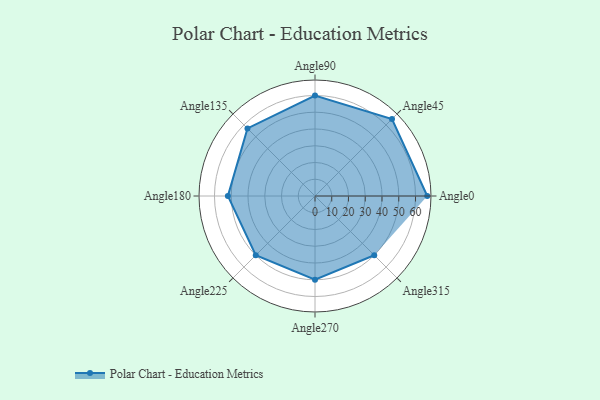
{"axis": {"x": "Angle", "y": "Radius"}, "legend": [""], "data": [{"x": "Angle0", "y": 67.0, "type": ""}, {"x": "Angle45", "y": 65.0, "type": ""}, {"x": "Angle90", "y": 60.0, "type": ""}, {"x": "Angle135", "y": 57.0, "type": ""}, {"x": "Angle180", "y": 52.0, "type": ""}, {"x": "Angle225", "y": 50, "type": ""}, {"x": "Angle270", "y": 50, "type": ""}, {"x": "Angle315", "y": 50, "type": ""}]}